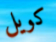
كويل